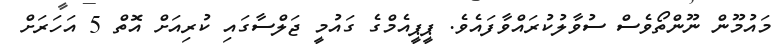
މައުމޫން ނޫންތޯވެސް ސުވާލުކުރައްވާފައެވެ. ޕީޕީއެމްގެ ގައުމީ ޖަލްސާގައި ކުރިއަށް އޮތް 5 އަހަރަށް